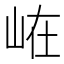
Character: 𭖘